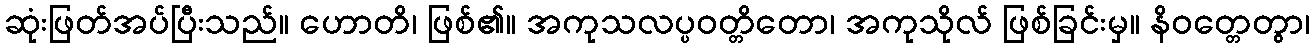
ဆုံးဖြတ်အပ်ပြီးသည်။ ဟောတိ၊ ဖြစ်၏။ အကုသလပ္ပဝတ္တိတော၊ အကုသိုလ် ဖြစ်ခြင်းမှ။ နိဝတ္တေတွာ၊